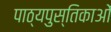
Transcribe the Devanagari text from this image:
पाठ्यपुस्तिकाओं